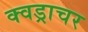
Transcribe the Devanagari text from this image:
क्वड्राचर